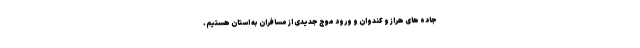
جاده های هراز و کندوان و ورود موج جدیدی از مسافران به استان هستیم.